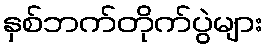
နှစ်ဘက်တိုက်ပွဲများ